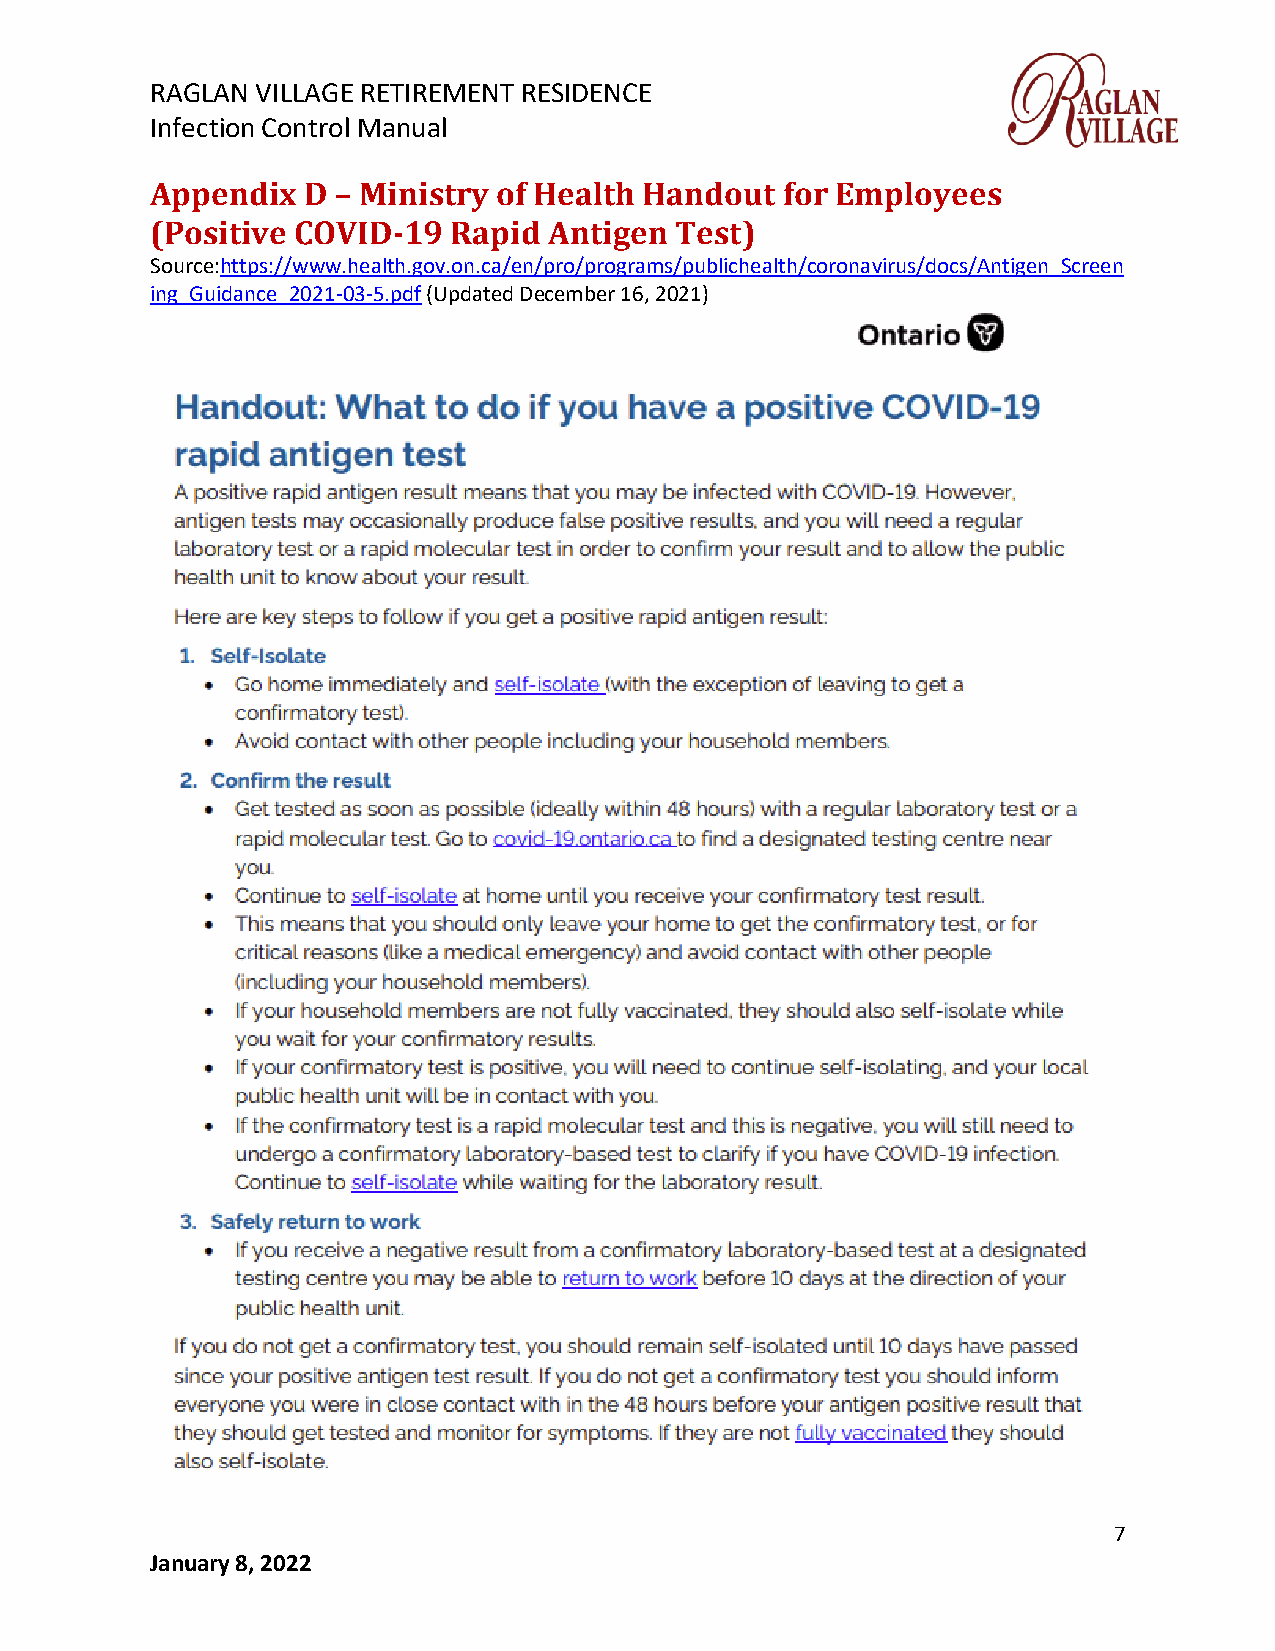
RAGLAN VILLAGE RETIREMENT RESIDENCE
 Infection Control Manual
 Appendix  D – Ministry of Health Handout  for Employees
 (Positive COVID-19  Rapid Antigen  Test)
 Source:https://www.health.gov.on.ca/en/pro/programs/publichealth/coronavirus/docs/Antigen_Screen
 ing_Guidance_2021-03-5.pdf (Updated December 16, 2021)
 7
 January 8, 2022